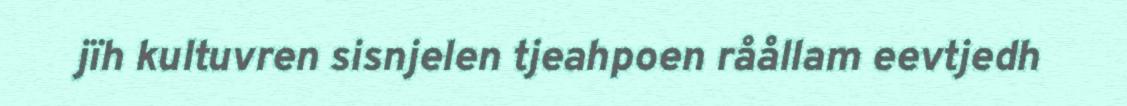
jïh kultuvren sisnjelen tjeahpoen råållam eevtjedh